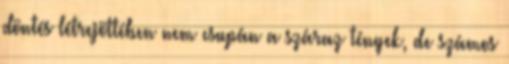
döntés létrejöttében nem csupán a száraz tények, de számos